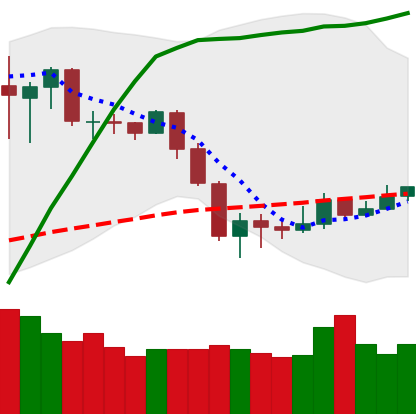
Ticker: NEO-USD
Chart end date: 2020-03-06
Forward return: -23.815%
Label: down_7plus